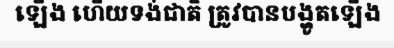
ឡើង ហើយទង់ជាតិ ត្រូវបានបង្ហូតឡើង